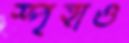
স্পৃহাও